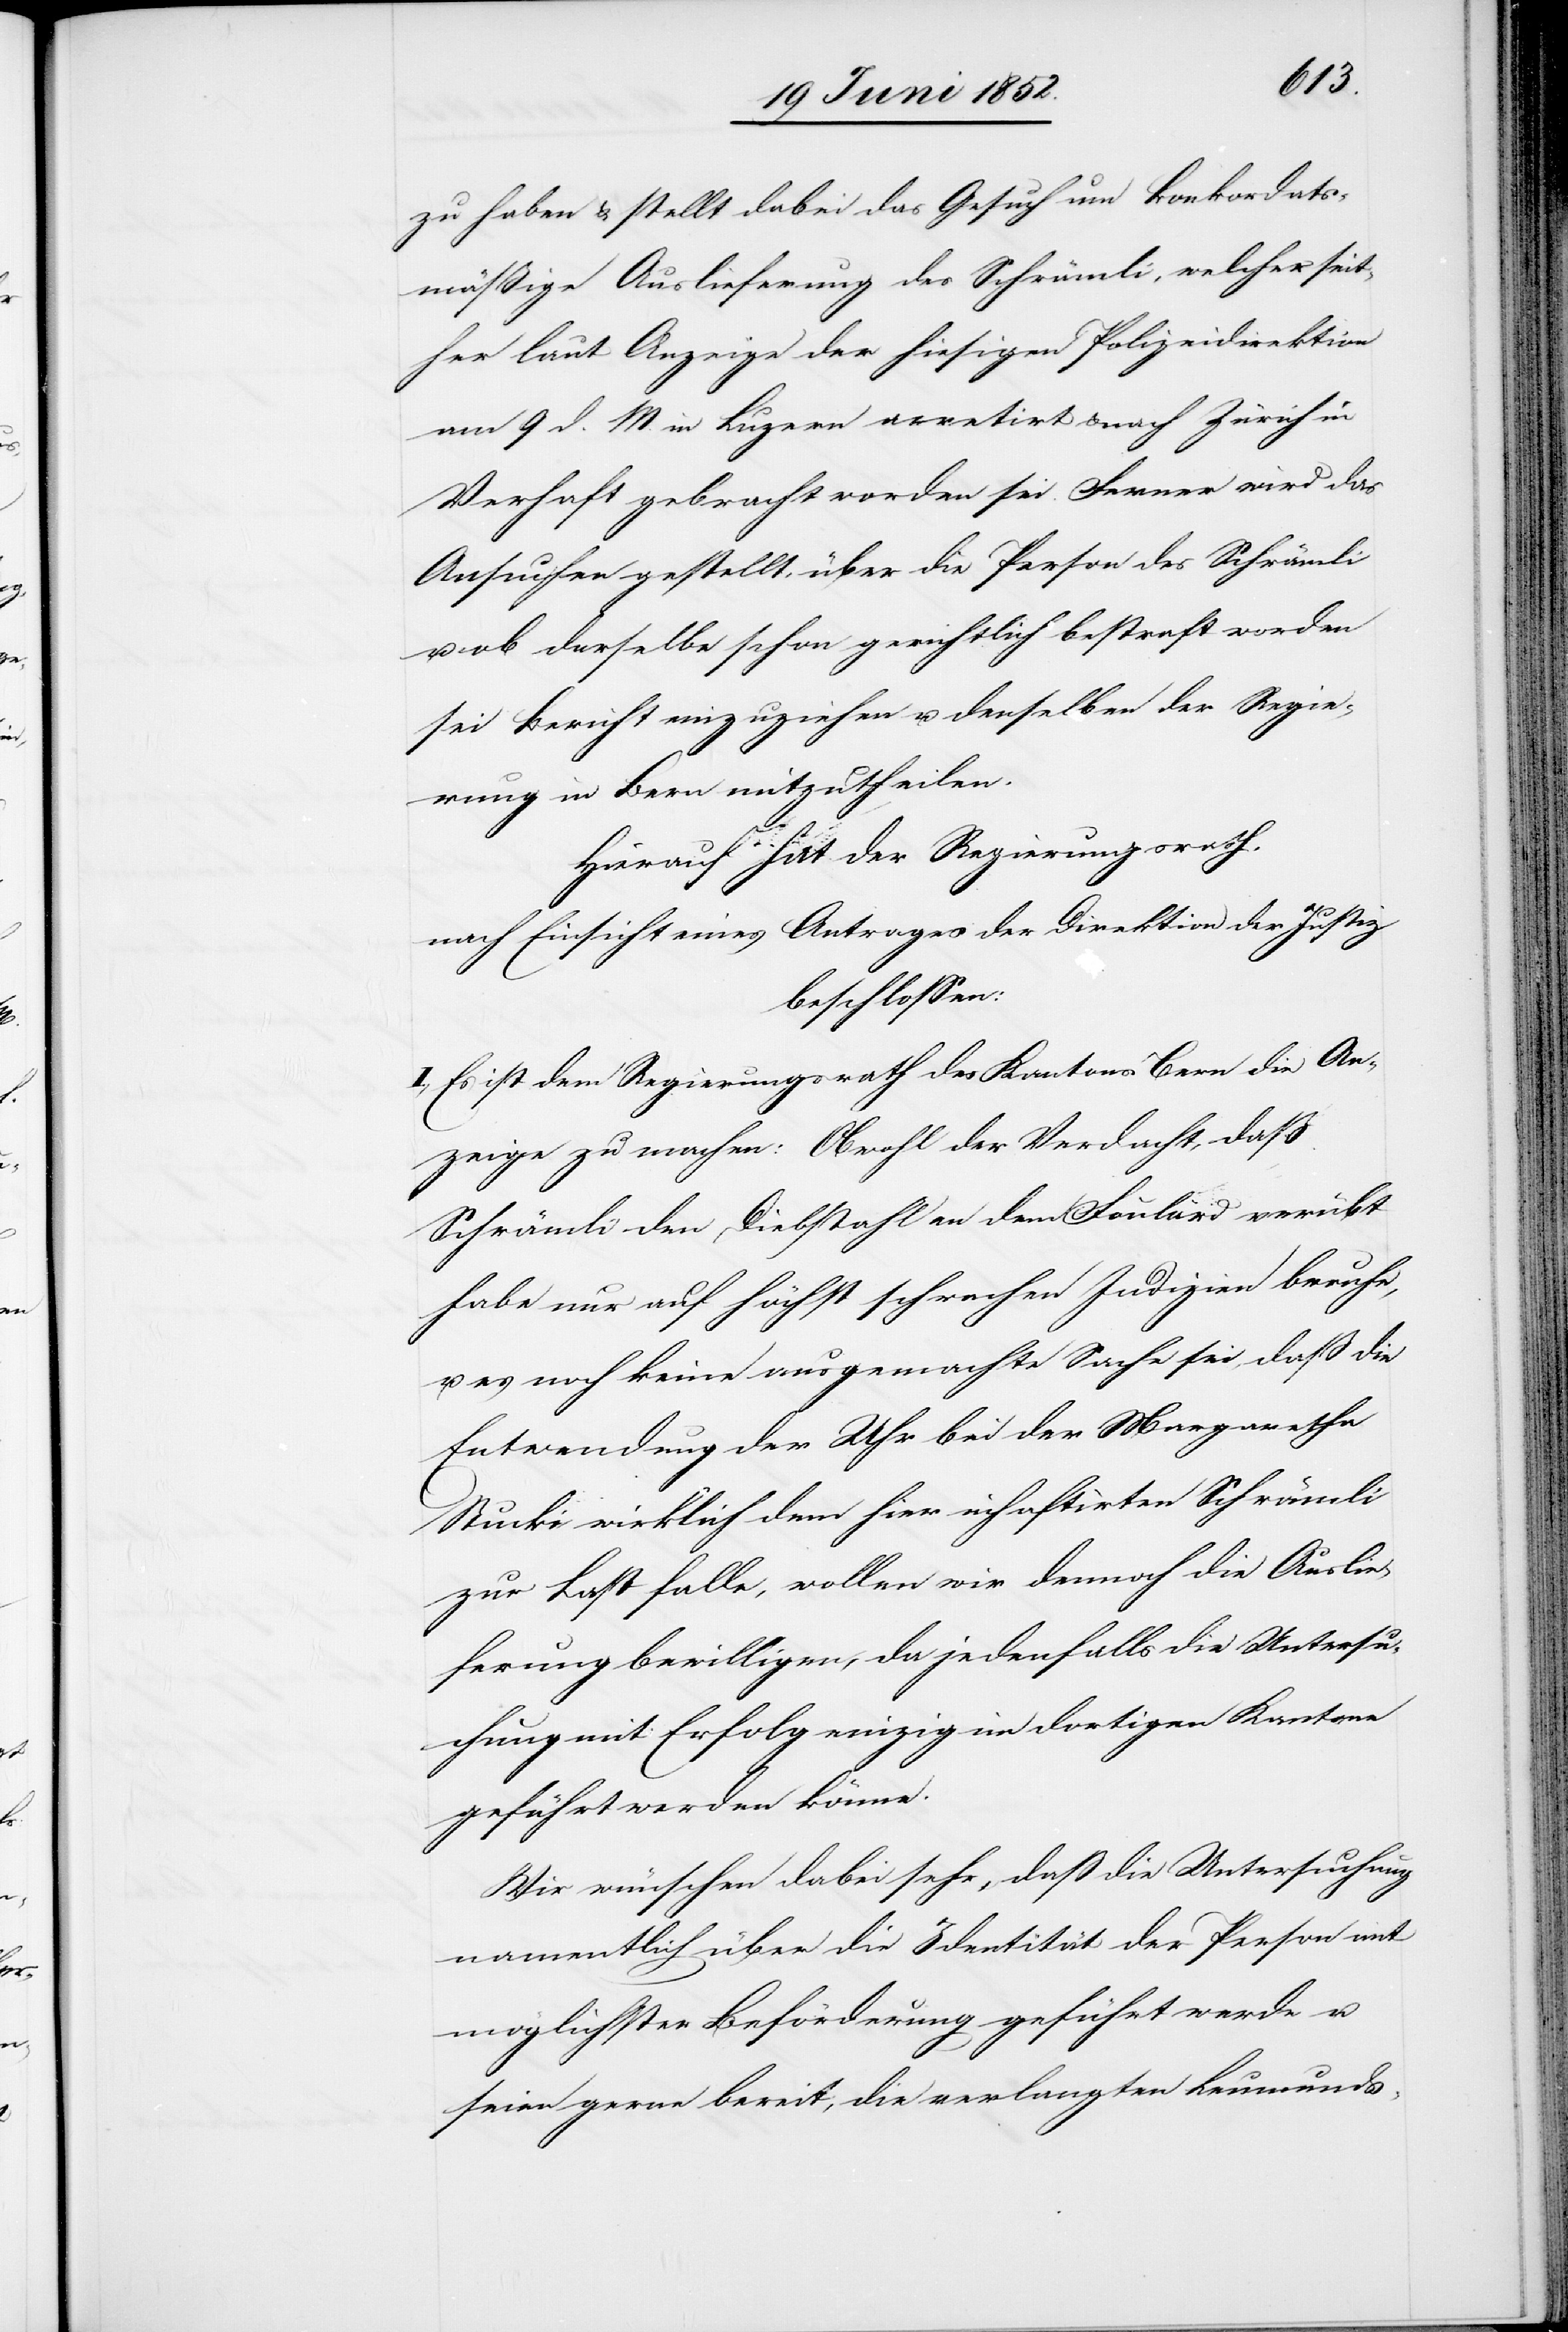
zu haben & stellt dabei das Gesuch um konkordats¬
mäßige Auslieferung des Schrämli, welcher seit¬
her laut Anzeige der hiesigen Polizeidirektion
am 9 d. M. in Luzern arretirt & nach Zürich in
Verhaft gebracht worden sei. Ferner wird das
Ansuchen gestellt, über die Person des Schrämli
ob derselbe schon gerichtlich bestraft worden
sei Bericht einzuziehen u. denselben der Regie¬
rung in Bern mitzutheilen.
Hierauf hat der Regierungsrath,
nach Einsicht eines Antrages der Direktion der Justiz
beschlossen:
I., Es ist dem Regierungsrath des Kantons Bern die An¬
zeige zu machen: Obwohl der Verdacht, daß
Schrämli den Diebstahl an dem Foulard verübt
habe nur auf höchst schwachen Indizien beruhe,
u. es noch keine ausgemachte Sache sei, dass die
Entwendung der Uhr bei der Margaretha
Stucki wirklich dem hier inhaftirten Schrämli
zur Last falle, wollen wir dennoch die Auslie¬
ferung bewilligen, da jedenfalls die Untersu¬
chung mit Erfolg einzig im dortigen Kantone
geführt werden könne.
Wir wünschen dabei sehr, dass die Untersuchung
namentlich über die Identität der Person mit
möglichster Beförderung geführt werde u.
seien gerne bereit, die verlangten Leumunds-